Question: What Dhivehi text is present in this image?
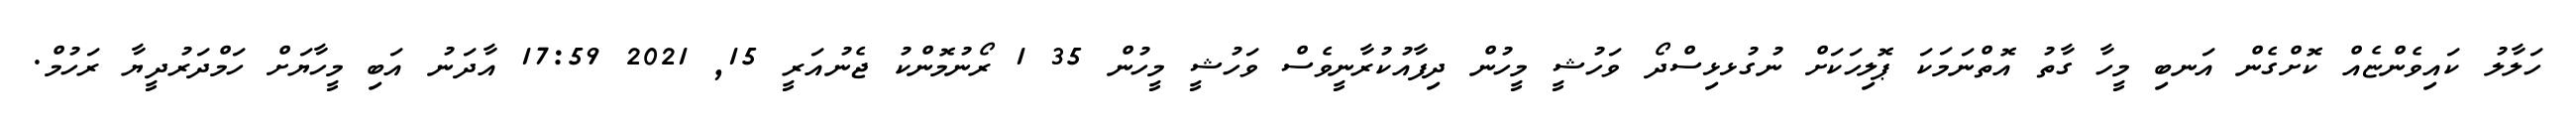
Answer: ހަލާލު ކައިވެންޏެއް ކޮށްގެން އަނބި މީހާ ގާތު އޮތްނަމަކަ ޕޮލިހަކަށް ނުގުޅޅިސްދޯ ވަހުޝީ މީހުން ދިފާއުކުރާނީވެސް ވަހުޝީ މީހުން 35 1 ރޯނުމޮންކު ޖެނުއަރީ 15, 2021 17:59 އާދަނު އަބި މީހާޔަށް ހަމްދަރުދީޔާ ރަހުމް.